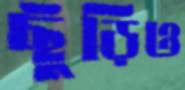
ছুঁড়িও